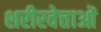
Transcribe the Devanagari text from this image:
शरीरवेत्ताओं